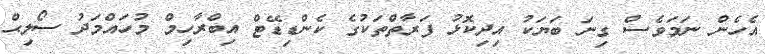
އެހެން ނަމަވެސް ގިނަ ބަޔަކު އިދިކޮޅު ފަރާތްތަކުގެ ކެންޑިޑޭޓް އިބްރާހިމް މުހައްމަދު ސޯލިޙް